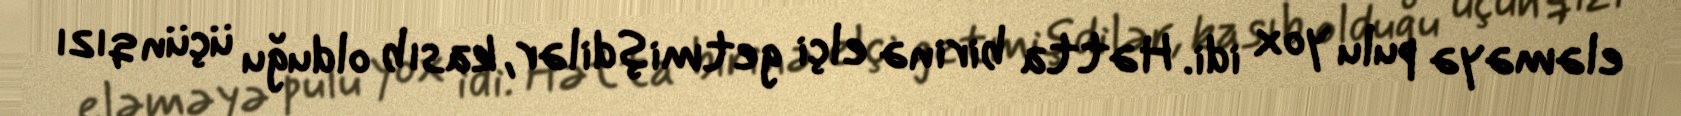
eləməyə pulu yox idi. Hətta birinə elçi getmişdilər, kasıb olduğu üçün qızı